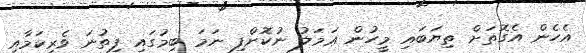
އެހެން އެގޮތަށް ތިޔަބައި މީހުން ޢަމަލު ނުކޮށްފި ނަމަ ބިމުގައި ފިތުނަ ވެރިކަމާއި